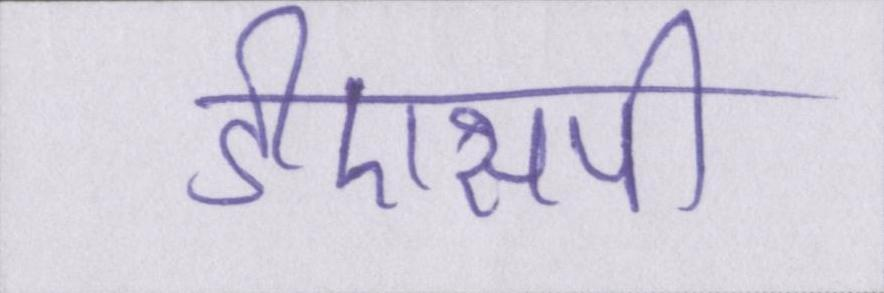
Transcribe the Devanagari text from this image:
डीएसपी